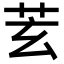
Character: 𦬾